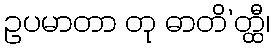
ဥပမာတာ တု ဓာတိ’တ္ထီ၊